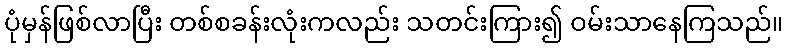
ပုံမှန်ဖြစ်လာပြီး တစ်စခန်းလုံးကလည်း သတင်းကြား၍ ဝမ်းသာနေကြသည်။